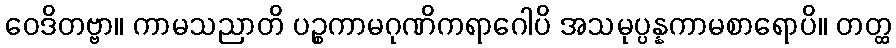
ဝေဒိတဗ္ဗာ။ ကာမသညာတိ ပဉ္စကာမဂုဏိကရာဂေါပိ အသမုပ္ပန္နကာမစာရောပိ။ တတ္ထ